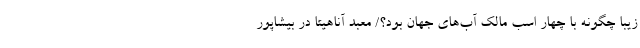
زیبا چگونه با چهار اسب مالک آب‌های جهان بود؟/ معبد آناهیتا در بیشاپور